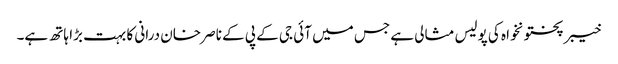
خیبر پختونخواہ کی پولیس مثالی ہے جس میں آئی جی کے پی کے ناصر خان درانی کا بہت بڑا ہاتھ ہے۔